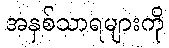
အနှစ်သာရများကို